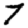
Digit: 7